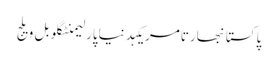
پاکستانبھارتامریکہدنیاپارلیمنٹگلوبل ویلج